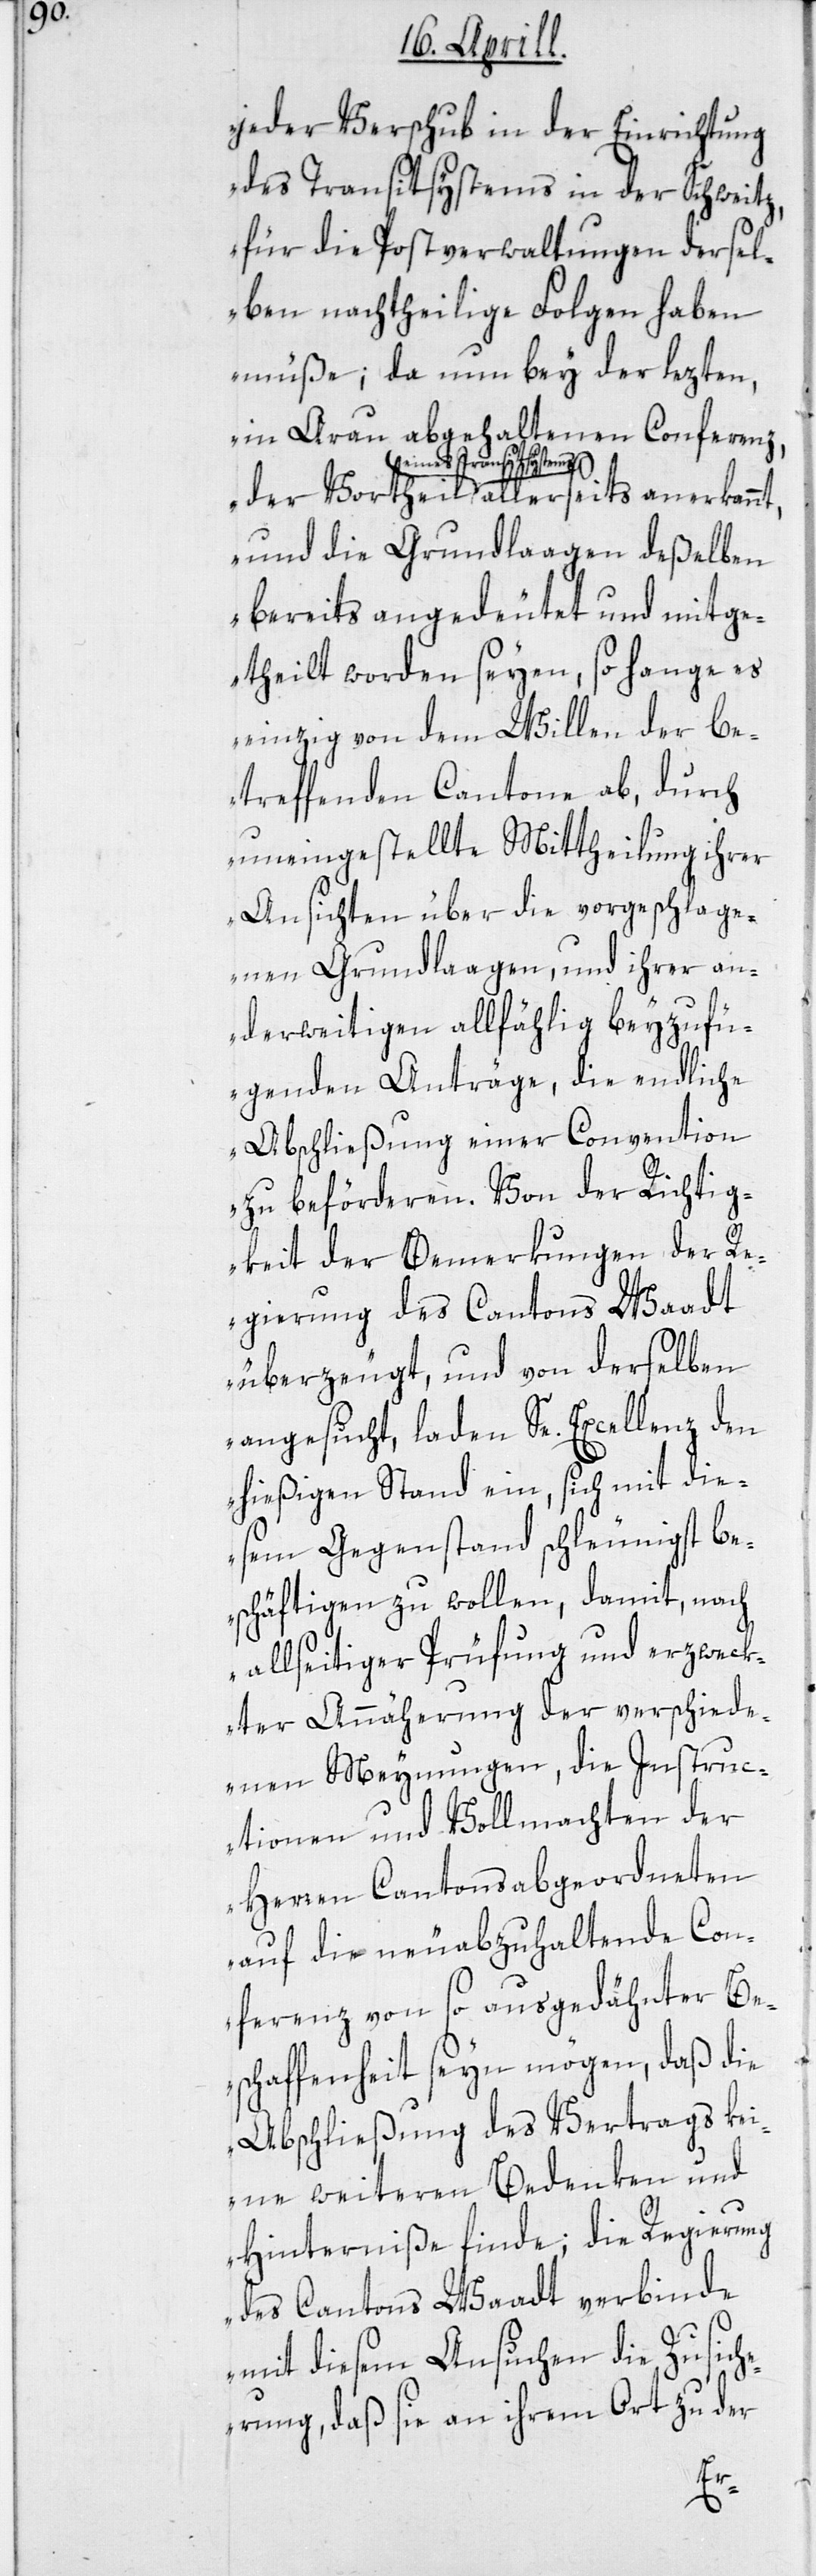
jeder Verschub in der Einrichtung
des Transitsystems in der Schweitz,
für die Postverwaltungen dersel¬
ben nachtheilige Folgen haben
müße; da nun bey der lezten,
in Arau abgehaltenen Conferenz,
eines Transitsystems
und die Grundlagen deßelben
bereits angedeutet und mitge¬
theilt worden seyen, so hange es
einzig von dem Willen der be¬
treffenden Cantone ab, durch
uneingestellte Mittheilung ihrer
Ansichten über die vorgeschlage¬
nen Grundlaagen, und ihrer an¬
derweitigen allfählig beyzufü¬
genden Anträge, die endliche
Abschließung einer Convention
zu beförderen. Von der Richtig¬
keit der Bemerkungen der Re¬
gierung des Cantons Waadt
überzeugt, und von derselben
angesucht, laden Se. Excellenz den
hießigen Stand ein, sich mit die¬
sem Gegenstand schleunigst be¬
schäftigen zu wollen, damit, nach
allseitiger Prüfung und erzweck¬
ter Annäherung der verschied¬
enen Meynungen, die Instruc¬
tionen und Vollmachten der
Herren Cantonsabgeordneten
auf die neuabzuhaltende Con¬
ferenz von so ausgedähnter Be¬
schaffenheit seyn mögen, daß die
Abschließung des Vertrags kei¬
ne weiteren Bedenken und
Hinderniße finde; die Regierung
des Cantons Waadt verbinde
mit diesem Ansuchen die Zusich¬
erung, daß sie an ihrem Ort zu der